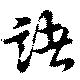
諸